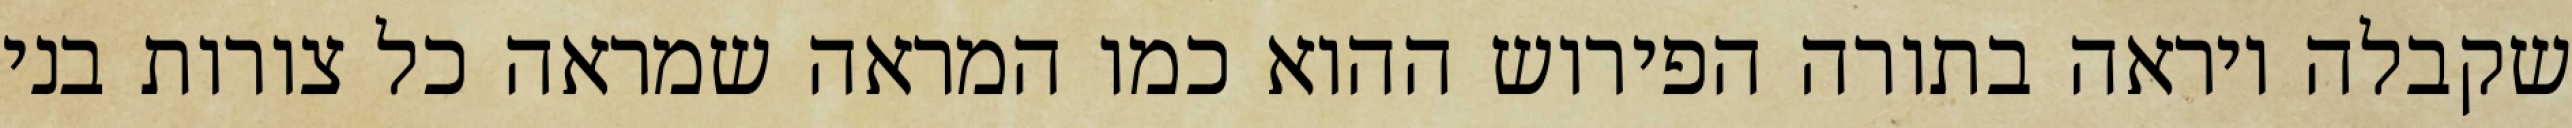
שקבלה ויראה בתורה הפירוש ההוא כמו המראה שמראה כל צורות בני